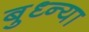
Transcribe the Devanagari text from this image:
बुध्न्या